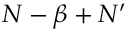
N - \beta + N ^ { \prime }